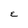
Character: E